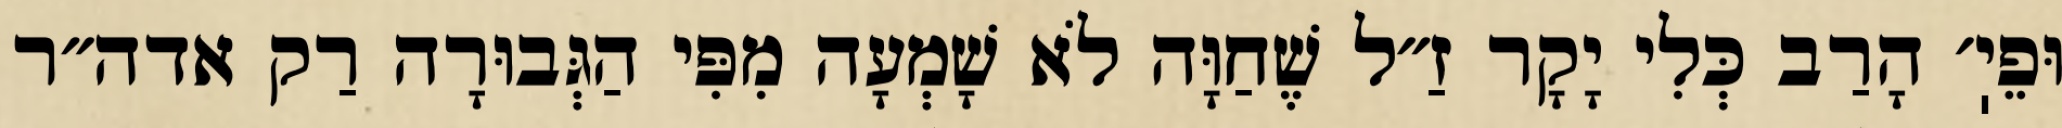
וּפֵיֽ׳ הָרַב כְּלִי יָקָר זַ״ל שֶׁחַוָּה לֹא שָׁמְעָה מִפִּי הַגְּבוּרָה רַק אדה״ר